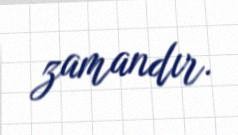
zamandır.